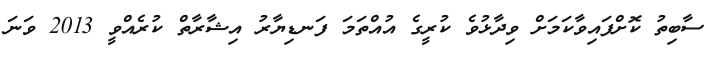
ސާބިތު ކޮށްފައިވާކަމަށް ވިދާޅުވެ ކުރީގެ އުއްތަމަ ފަނޑިޔާރު އިޝާރާތް ކުރެއްވީ 2013 ވަނަ